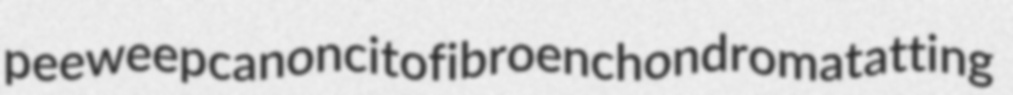
peeweep canoncito fibroenchondroma tatting